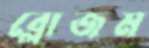
ব্লোজম